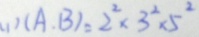
( 1 ) ( A , B ) = 2 ^ { 2 } \times 3 ^ { 3 } \times 5 ^ { 2 }